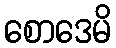
စောဒေမိ